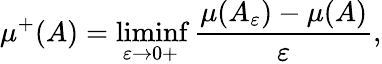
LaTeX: \mu^{+}(A)=\operatorname*{liminf}_{\varepsilon\to 0+}{\frac{\mu(A_{\varepsilon})-\mu(A)}{\varepsilon}},